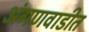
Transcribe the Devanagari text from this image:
अंगणवाडीत